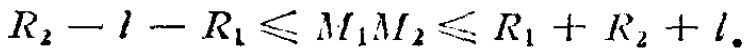
$R_{2}-l - R_{1}\leqslant M_{1}M_{2}\leqslant R_{1}+R_{2}+l.$